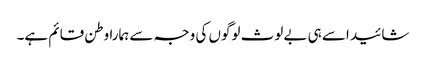
شائید اسے ہی بے لوث لوگوں کی وجہ سے ہمارا وطن قائم ہے۔